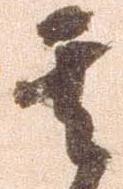
其